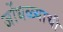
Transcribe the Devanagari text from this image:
जोंधळ्याची